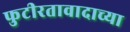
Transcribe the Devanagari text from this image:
फुटीरतावादाच्या